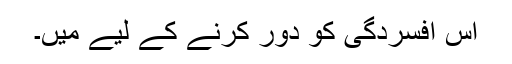
اس افسردگی کو دُور کرنے کے لیے میں۔